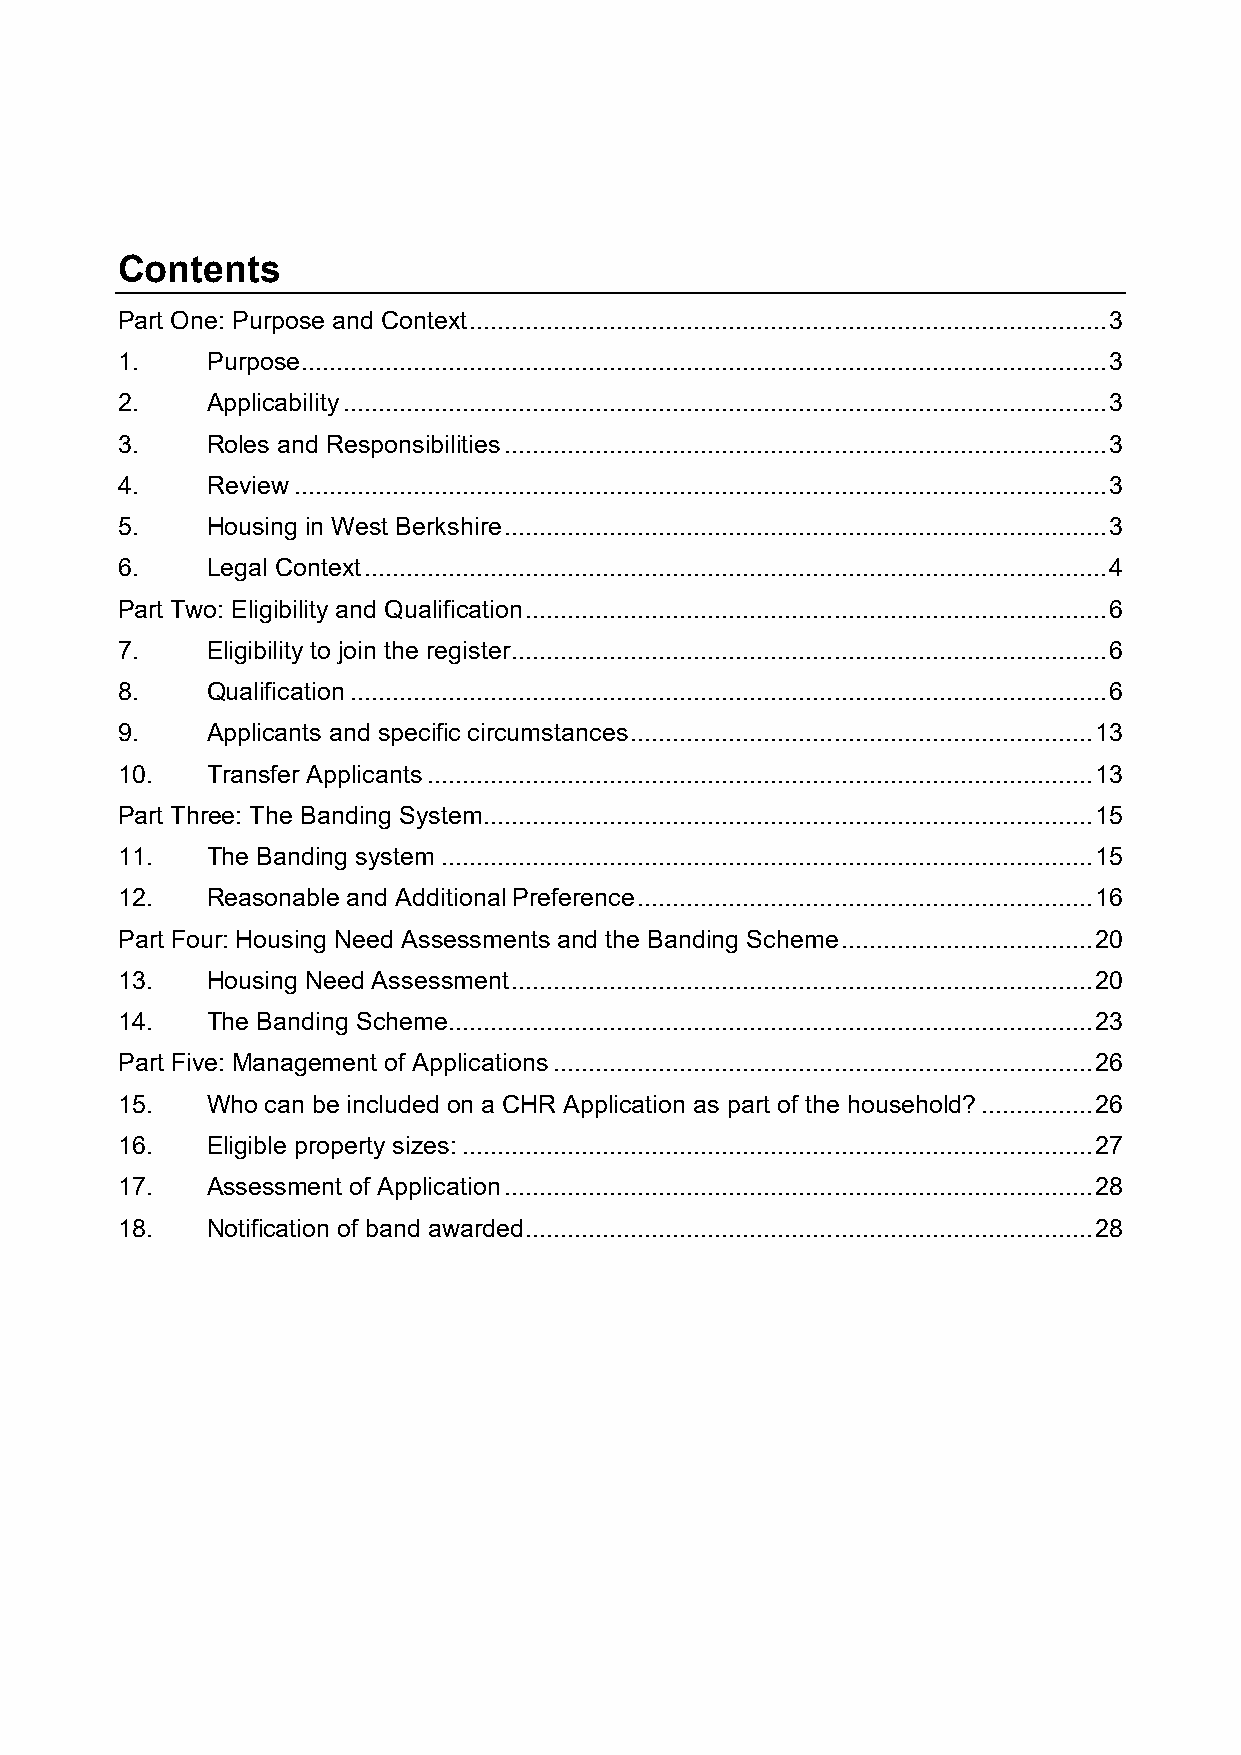
Contents
 Part One: Purpose and Context ........................................................................................... 3
 1.    Purpose ................................................................................................................... 3
 2.    Applicability ............................................................................................................. 3
 3.    Roles and Responsibilities ...................................................................................... 3
 4.    Review .................................................................................................................... 3
 5.    Housing in West Berkshire ...................................................................................... 3
 6.    Legal Context .......................................................................................................... 4
 Part Two: Eligibility and Qualification ................................................................................... 6
 7.    Eligibility to join the register ..................................................................................... 6
 8.    Qualification ............................................................................................................ 6
 9.    Applicants and specific circumstances .................................................................. 13
 10.   Transfer Applicants ............................................................................................... 13
 Part Three: The Banding System ....................................................................................... 15
 11.   The Banding system ............................................................................................. 15
 12.   Reasonable and Additional Preference ................................................................. 16
 Part Four: Housing Need Assessments and the Banding Scheme .................................... 20
 13.   Housing Need Assessment ................................................................................... 20
 14.   The Banding Scheme ............................................................................................ 23
 Part Five: Management of Applications ............................................................................. 26
 15.   Who can be included on a CHR Application as part of the household? ................ 26
 16.   Eligible property sizes: .......................................................................................... 27
 17.   Assessment of Application .................................................................................... 28
 18.   Notification of band awarded ................................................................................. 28